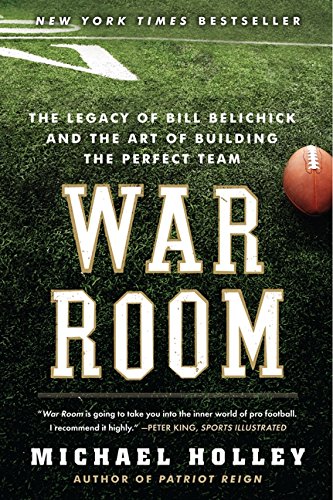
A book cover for War Room: The Legacy of Bill Belichick and the Art of Building the Perfect Team; Michael Holley; Sports & Outdoors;